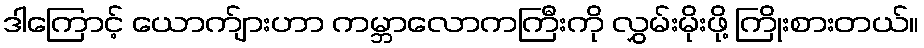
ဒါကြောင့် ယောက်ျားဟာ ကမ္ဘာလောကကြီးကို လွှမ်းမိုးဖို့ ကြိုးစားတယ်။